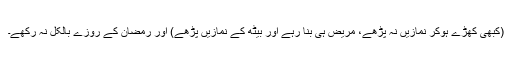
(کبھی کھڑے ہوکر نمازیں نہ پڑھے، مریض ہی بنا رہے اور بیٹھ کے نمازیں پڑھے) اور رمضان کے روزے بالکل نہ رکھے۔